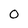
Character: 0